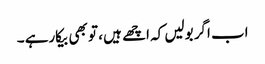
اب اگر بولیں کہ اچھے ہیں ، تو بھی بیکارہے ۔